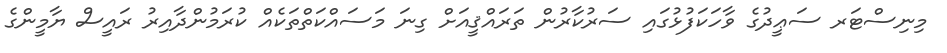
މިނިސްޓަރ ސަޢީދުގެ ވާހަކަފުޅުގައި ސަރުކާރުން ތަރައްޤީއަށް ގިނަ މަސައްކަތްތަކެއް ކުރަމުންދާއިރު ރައީސް ޔާމީންގެ